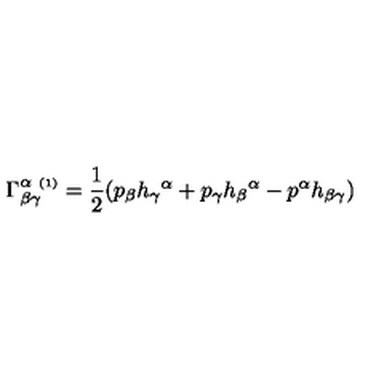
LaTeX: \Gamma _ { \beta \gamma } ^ { \alpha \ { \scriptscriptstyle ( 1 ) } } = \frac { 1 } { 2 } ( p _ { \beta } h _ { \gamma } { } ^ { \alpha } + p _ { \gamma } h _ { \beta } { } ^ { \alpha } - p ^ { \alpha } h _ { \beta \gamma } )